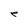
Character: e